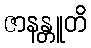
ဇာနန္တူတိ